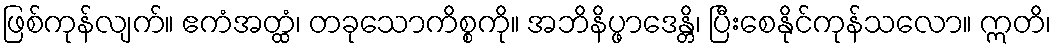
ဖြစ်ကုန်လျက်။ ဧကံအတ္ထံ၊ တခုသောကိစ္စကို။ အဘိနိပ္ဖာဒေန္တိ၊ ပြီးစေနိုင်ကုန်သလော။ ဣတိ၊